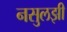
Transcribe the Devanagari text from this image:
नसुलझी